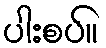
ပါးစပ်။